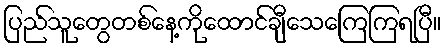
ပြည်သူတွေတစ်နေ့ကိုထောင်ချီသေကြေကြရပြီ။